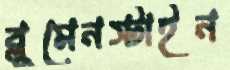
ব্লুমেনস্টাইন